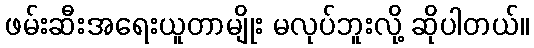
ဖမ်းဆီးအရေးယူတာမျိုး မလုပ်ဘူးလို့ ဆိုပါတယ်။